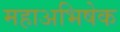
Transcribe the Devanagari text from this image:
महाअभिषेक